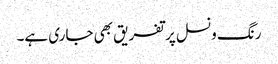
رنگ ونسل پر تفریق بھی جاری ہے۔